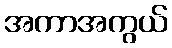
အကာအကွယ်